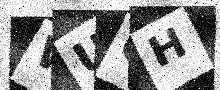
Text: WUCH